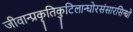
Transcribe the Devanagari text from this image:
जीवान्प्रकृतिकुटिलान्घोरसंसारसिन्धो